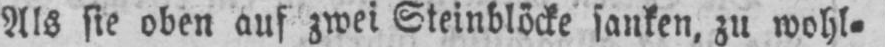
Als sie oben auf zwei Steinblöcke sanken, zu wohl⸗